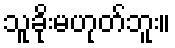
သူခိုးမဟုတ်ဘူး။